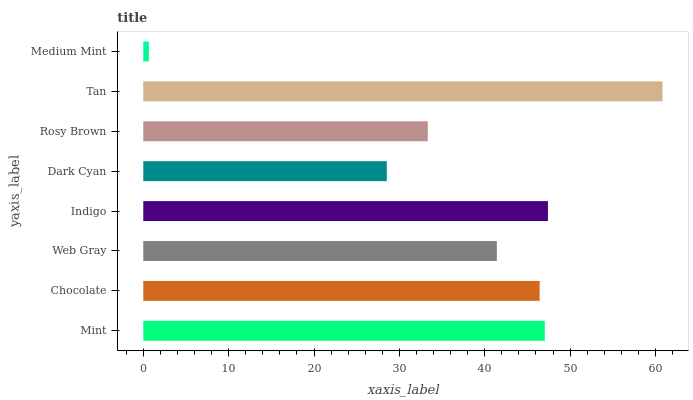
| yaxis_label | bars |
 | --- | --- |
 | Mint | 47 |
 | Chocolate | 46.4 |
 | Web Gray | 41.4 |
 | Indigo | 47.4 |
 | Dark Cyan | 28.5 |
 | Rosy Brown | 33.3 |
 | Tan | 60.8 |
 | Medium Mint | 0.652 |